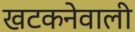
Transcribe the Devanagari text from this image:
खटकनेवाली